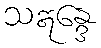
သဣန္ဒေ